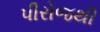
પીરોજથી